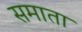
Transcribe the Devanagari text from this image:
समाता